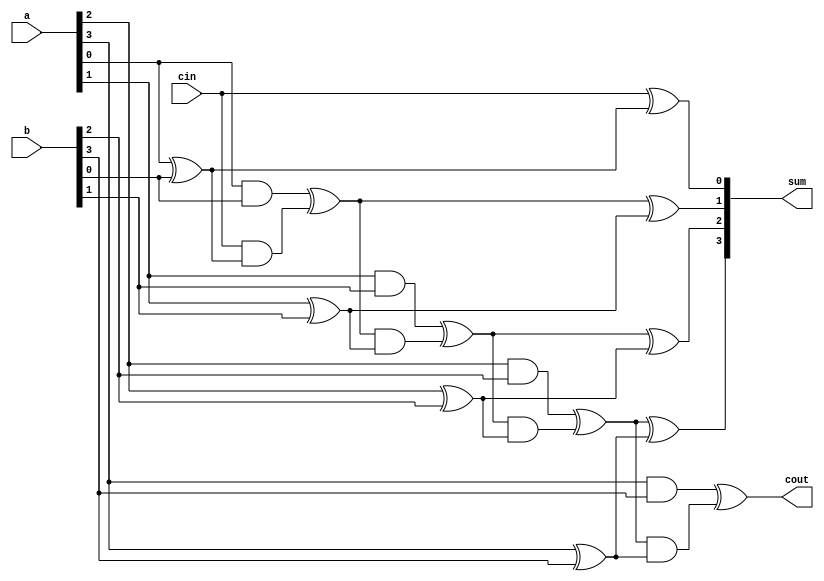
/*

{a,b}-[xor1]-(o_xor1)--{cin,o_xor1}-[xor2]-(sum)
                    |--{cin,o_xor1}-[and2]-(o_and2)

{a,b}-[and1]-(o_and1)
                    |--{o_and1,o_and2}-[xor3]-(cout)

temp:o_xor1, o_and1, o_and2

*/
`timescale 1ns/1ps
module DUT_generated_ripple_adder(a,b,cin,sum,cout);
parameter N=4;
input [N-1:0]   a,b;
input           cin;
output [N-1:0]  sum;
output          cout;
wire [N:0]      cins;

assign cins[0]=cin;

//--------------------a

genvar i;
generate
        for (i=0;i<N;i=i+1) begin: genLoop
                wire oXOR1,oAND1,oAND2;
                xor gxor1(    oXOR1,   a[i],   b[i]);
                and gand1(    oAND1,   a[i],   b[i]);
                xor gxor2(   sum[i],cins[i],  oXOR1);
                and gand2(    oAND2,cins[i],  oXOR1);
                xor gxor3(cins[i+1],  oAND1,  oAND2);
        end
endgenerate
assign cout=cins[N];
endmodule